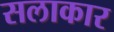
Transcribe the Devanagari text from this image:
सलाकार